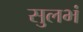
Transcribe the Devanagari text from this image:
सुलभं